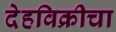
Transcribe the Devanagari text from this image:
देहविक्रीचा